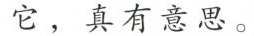
它，真有意思。